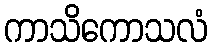
ကာသိကောသလံ